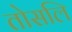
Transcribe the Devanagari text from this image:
तोसलि